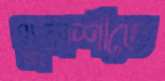
খুলশীতে